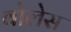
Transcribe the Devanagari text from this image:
वोलेस